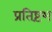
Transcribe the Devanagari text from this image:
प्रतिष्टंभ